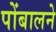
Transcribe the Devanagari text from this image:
पोंबालने